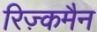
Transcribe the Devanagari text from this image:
रिज़्कमैन